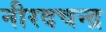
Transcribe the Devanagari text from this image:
नीरदचन्द्र